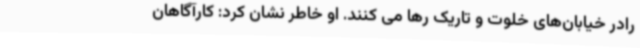
رادر خیابان‌های خلوت و تاریک رها می کنند. او خاطر نشان کرد: کارآگاهان